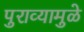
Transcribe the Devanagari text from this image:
पुराव्यामुळे